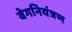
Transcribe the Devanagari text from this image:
वेगनियंत्रण